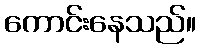
ကောင်းနေသည်။